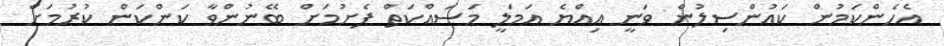
އެހެންކަމުން ކައުންސިލުން ވަނީ އިއްޔެ އަމަލީ މަސައްކަތް ފެށުމަށް ބޭނުންވާ ކަންކަން ކުރުމަށް